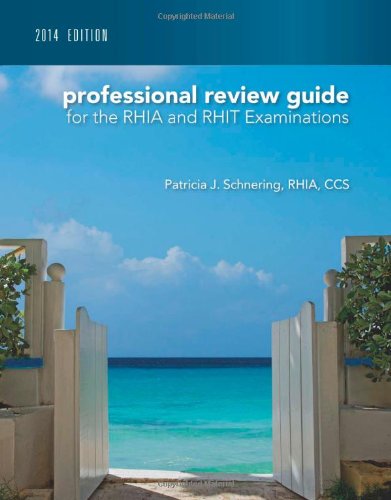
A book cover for Professional Review Guide for the RHIA and RHIT Examinations, 2014 Edition with Premium Website Printed Access Card; Patricia Schnering; Medical Books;